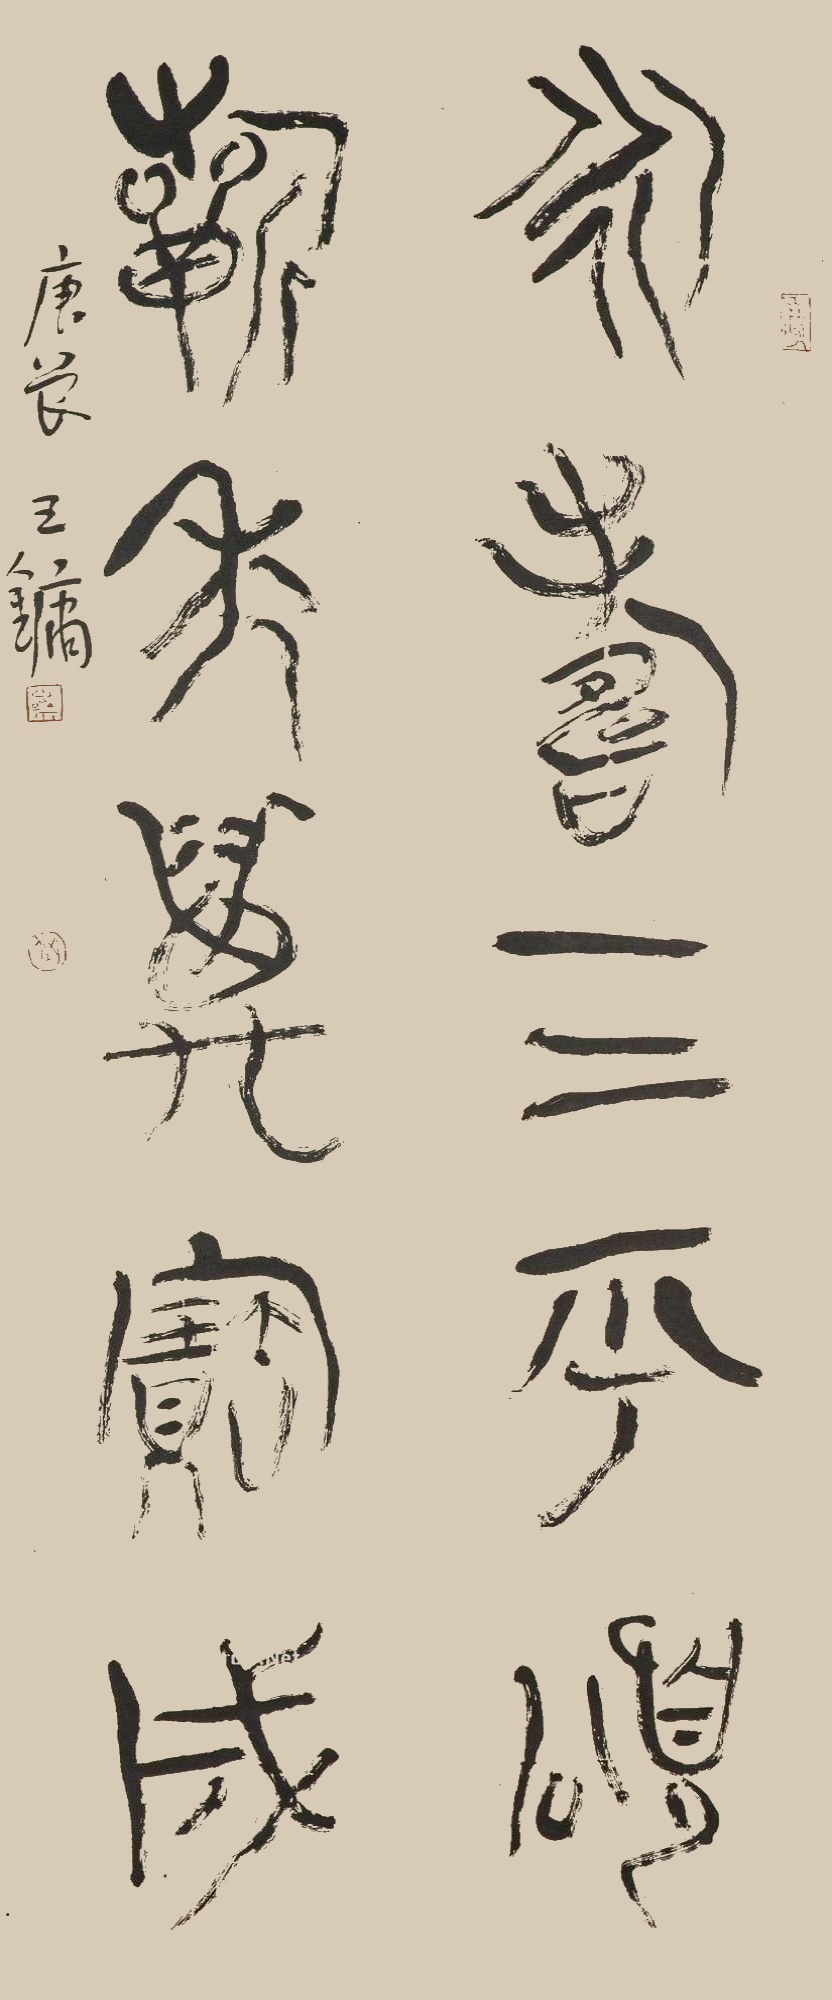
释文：永寿三呼颂，祈年万宝成。庚辰，王镛。